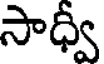
సాధ్వీ